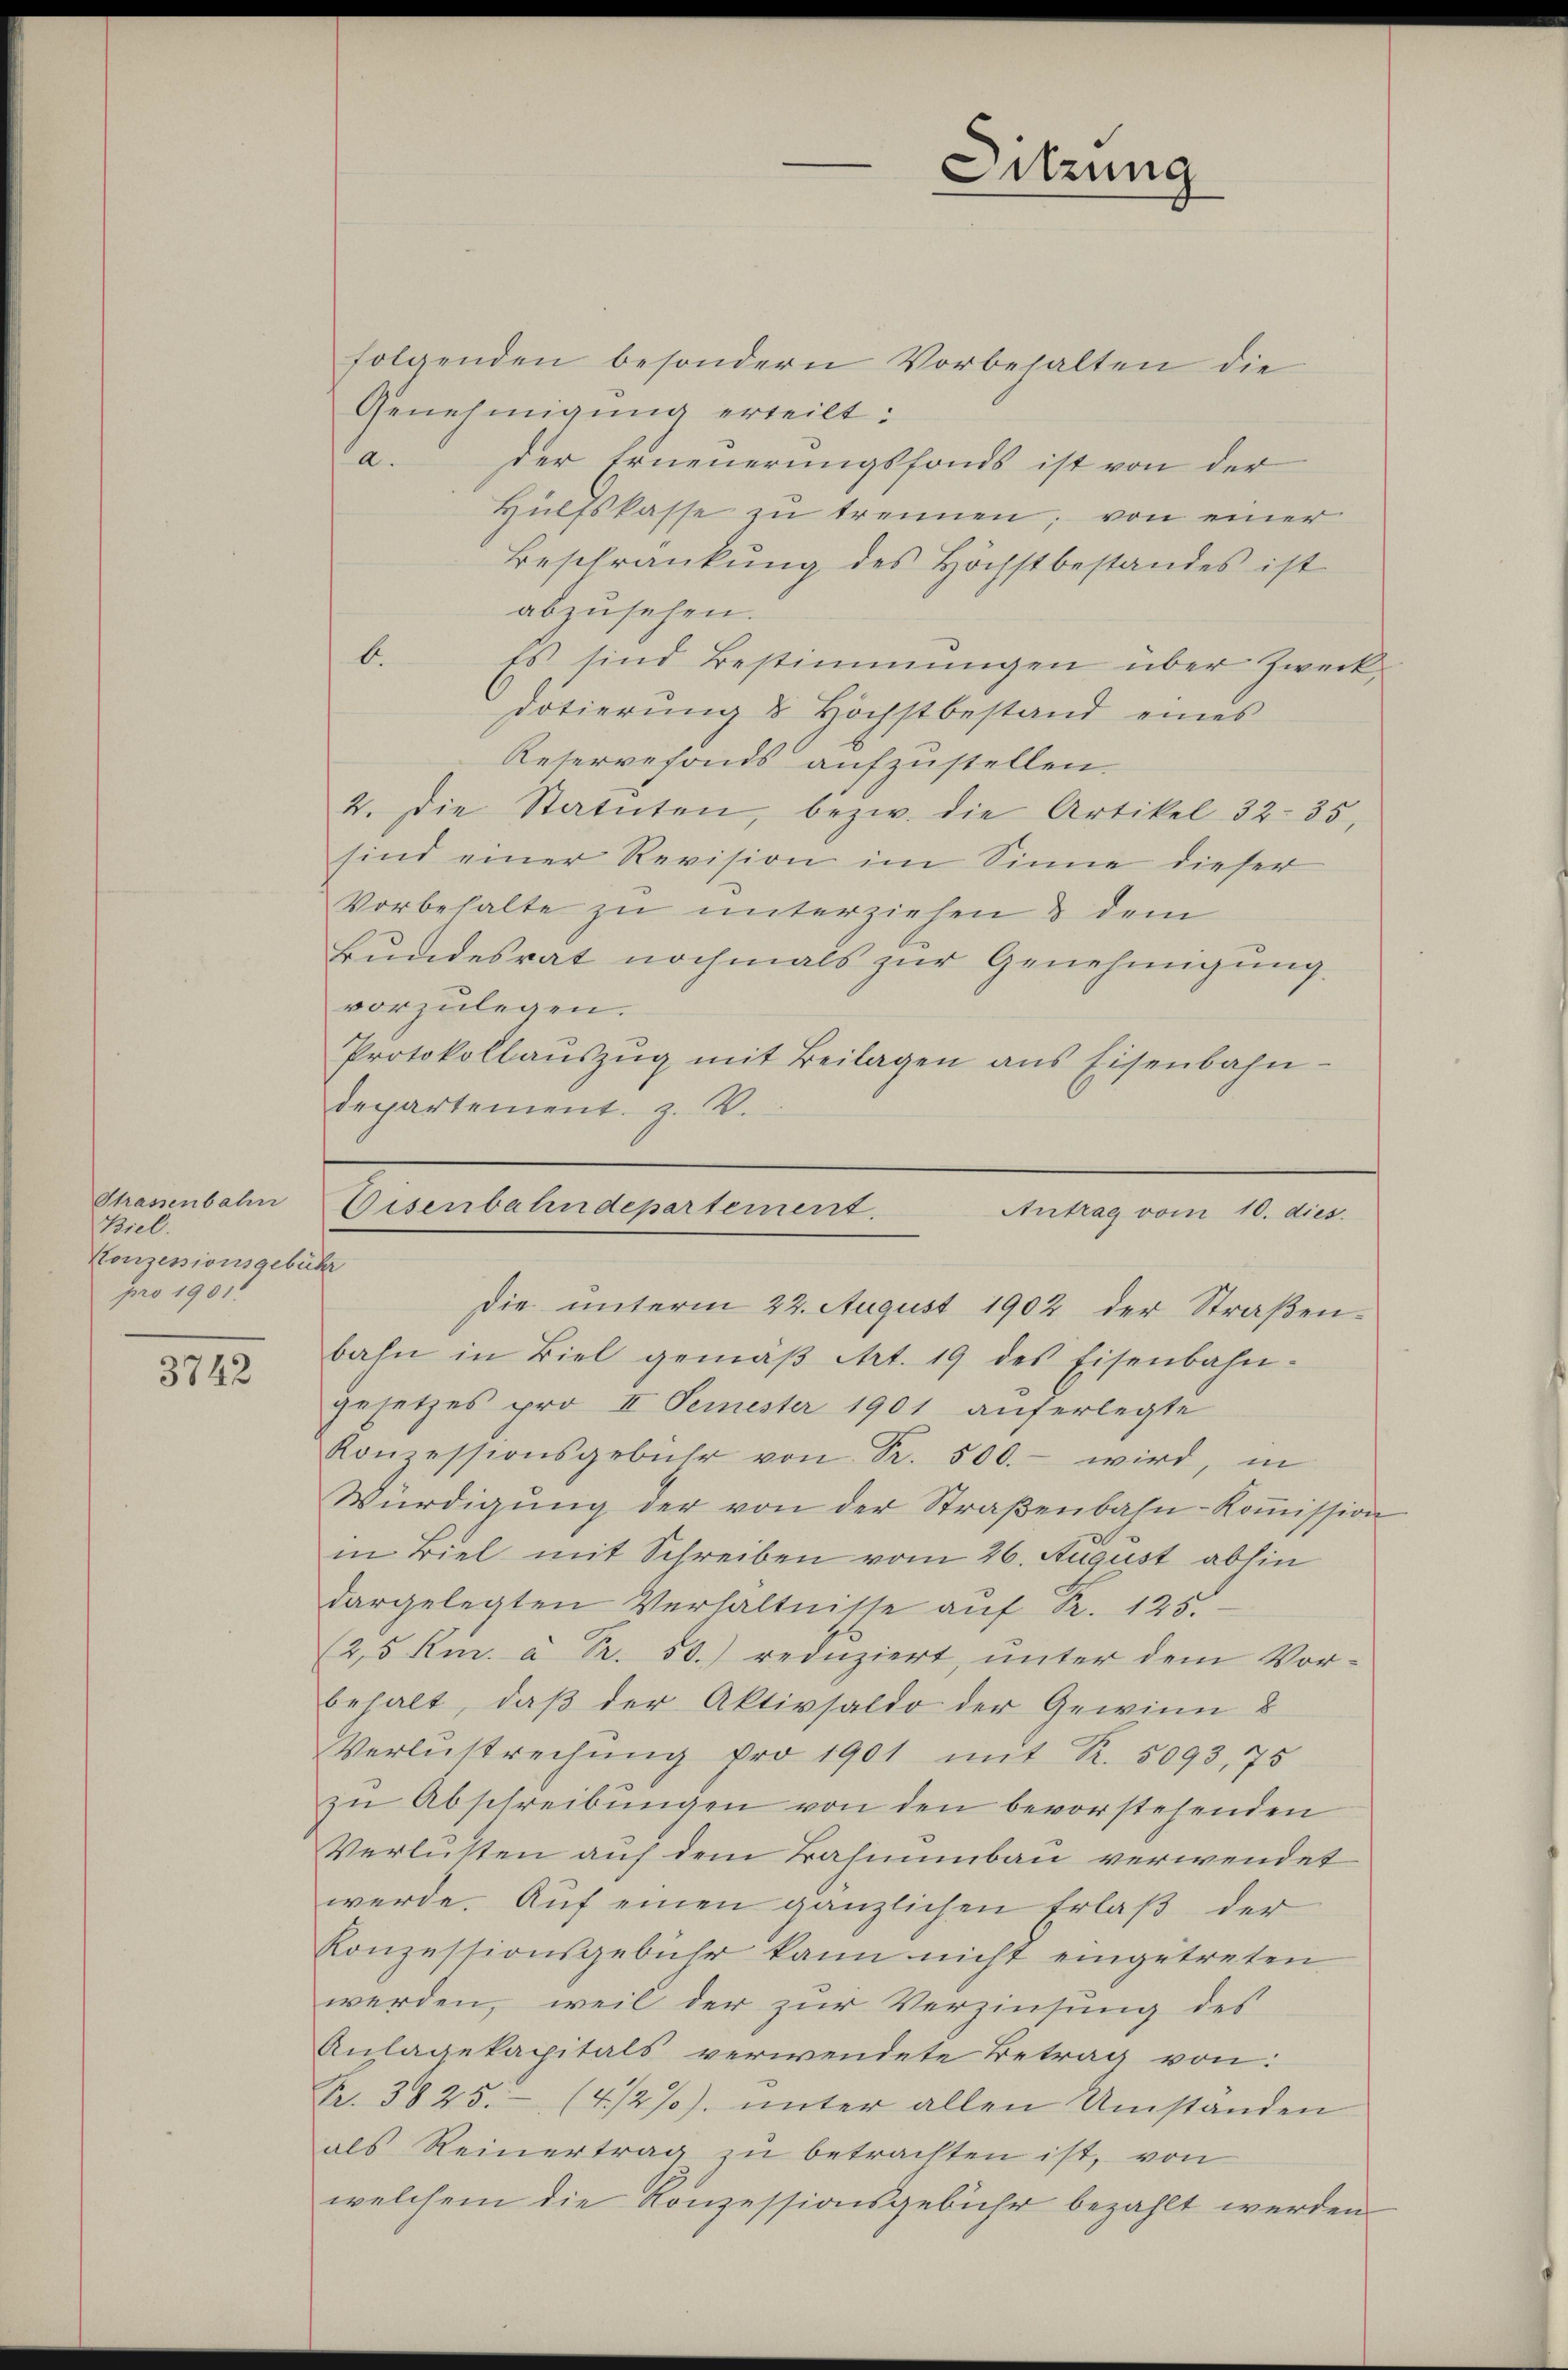
Strassenbahn
Biel.
Konzessionsgebühr
pro 1901

3742

folgenden besondern Vorbehalten die
Genehmigung erteilt:
a.
der Erneuerungsfonds ist von der
Hülfskasse zu trennen; von einer
Beschränkung des Höchstbestandes ist
abzusehen.
b.
Es sind Bestimmungen über Zweckdotierung & Höchstbestand eines
Reservefonds aufzustellen.
2. Die Statuten, bezw. die Artikel 32-35,
sind einer Revision im Sinne dieser
Vorbehalte zu unterziehend dem
Bŭndesrat nochmals zŭr Genehmigŭng.
vorzulegen.
Protokollaŭszŭg mit Beilagen ans Eisenbahn-
departement. z. B.

Sitzung

Die unterm 22. August 1902 der Straßenbahn in Biel gemäβ Art. 19 des Eisenbahn-
gesetzes pro II Femester 1901 auferlegte
Koṁessionsgebühr von Sr. 500.- wird, in
Würdigŭng der von der Straβenbahn-Koṁission
in Biel mit Schreiben vom 26. August abhin
dargelegten Verhältnisse auf Fr. 125.
(2,5 Ku. à Fr. 50. reduziert, unter dem Vor-
behalt, daß der Aktivsaldo der Gewinn 8
Verlustrechung pro 1901 mit K. 5093, 75
zu Abschreibŭngen von den bevorstehenden
Verlusten auf dem Bahnunbau verwendet
werde. Auf einen gänzlichen Erlaß der
Konzessionsgebühr kann nicht eingetreten
werden, weil der zur Verzinsung des
Anlagekapitals verwendete Betrag von:
Pr. 3825. - (4/2%). ŭnter allen Umstanden
als Reinertrag zu betrachten ist, von
welchem die Konzessionsgebühr bezahlt werden.

Eisenbahndepartement.
Antrag vom 10. dies